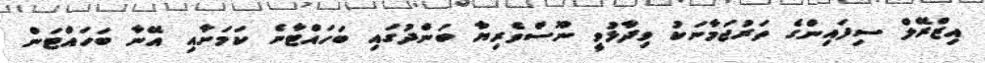
އިޒްރޭލް ސިފައިންގެ ތަރުޖަމާނަކު ވިދާޅުވީ ނޫސްވެރިޔާ ބަންދުގައި ބަހައްޓާނެ ކަމަށާއި އޭނާ ބަހައްޓަން